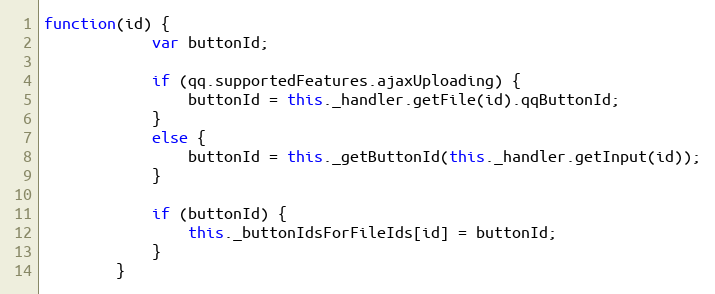
Language: JavaScript
function(id) {
            var buttonId;

            if (qq.supportedFeatures.ajaxUploading) {
                buttonId = this._handler.getFile(id).qqButtonId;
            }
            else {
                buttonId = this._getButtonId(this._handler.getInput(id));
            }

            if (buttonId) {
                this._buttonIdsForFileIds[id] = buttonId;
            }
        }